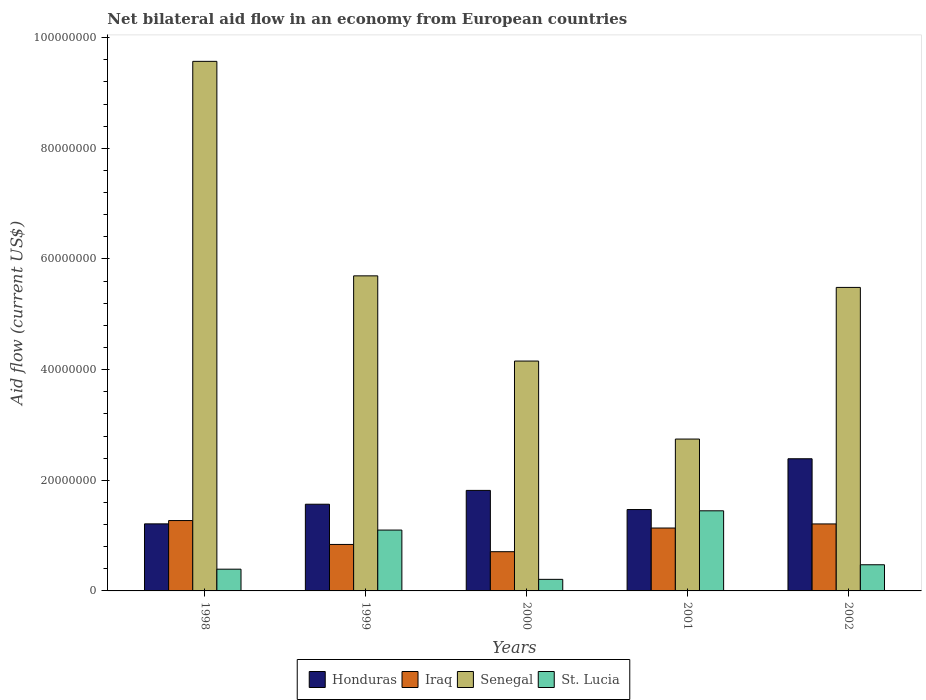
| Years | Honduras | Iraq | Senegal | St. Lucia |
 | --- | --- | --- | --- | --- |
 | 1998 | 1.21e+07 | 1.27e+07 | 9.57e+07 | 3.93e+06 |
 | 1999 | 1.57e+07 | 8.4e+06 | 5.7e+07 | 1.1e+07 |
 | 2000 | 1.82e+07 | 7.09e+06 | 4.16e+07 | 2.09e+06 |
 | 2001 | 1.47e+07 | 1.14e+07 | 2.74e+07 | 1.45e+07 |
 | 2002 | 2.39e+07 | 1.21e+07 | 5.49e+07 | 4.73e+06 |